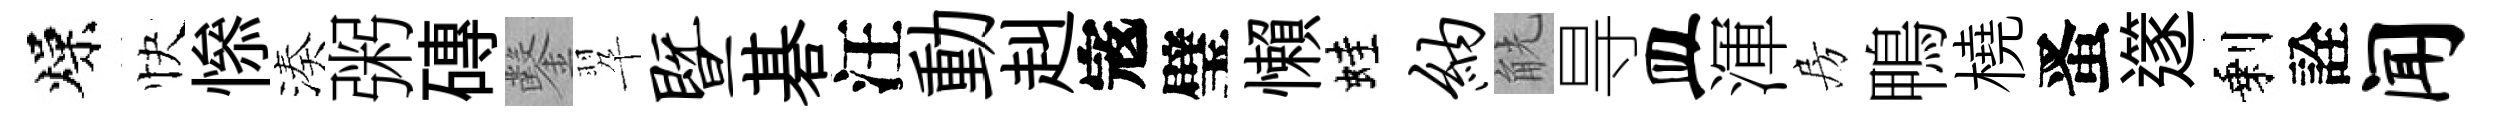
燥快𢡖湊粥磚鑿翆暨碁汪動赳𡨥璧懶蛙纳觥㝵皿渾房鴨橈󱉠𨗹剩詮闻